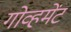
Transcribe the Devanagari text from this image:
गोव्हमेंट